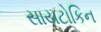
સાયટોકિન